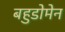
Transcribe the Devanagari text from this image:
बहुडोमेन